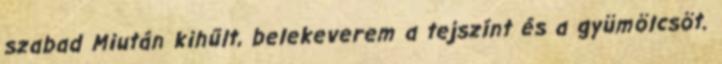
szabad Miután kihűlt, belekeverem a tejszínt és a gyümölcsöt.